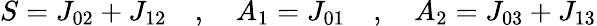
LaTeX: S=J_{02}+J_{12}\quad,\quad A_{1}=J_{01}\quad,\quad A_{2}=J_{03}+J_{13}